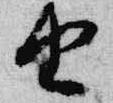
由